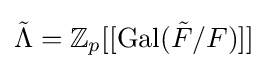
{\tilde {\Lambda }}={\mathbb {Z} _{p}}[[\operatorname {Gal} ({\tilde {F}}/F)]]